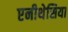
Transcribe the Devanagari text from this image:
एनीथेसिया